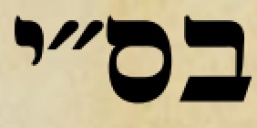
בס״י